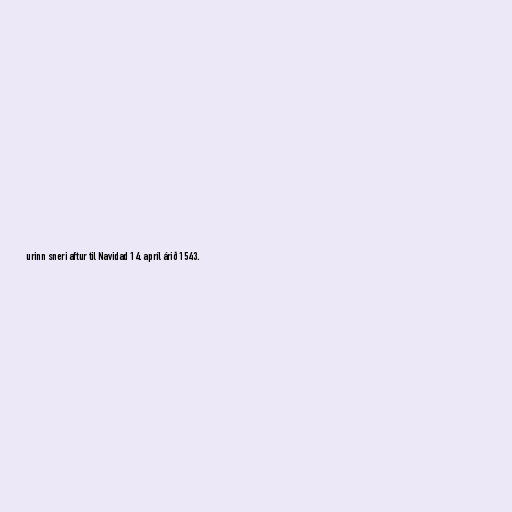
urinn sneri aftur til Navidad 14. apríl árið 1543.